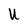
Character: U